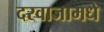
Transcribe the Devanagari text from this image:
दरवाजामधे